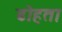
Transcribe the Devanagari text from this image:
ढोहता